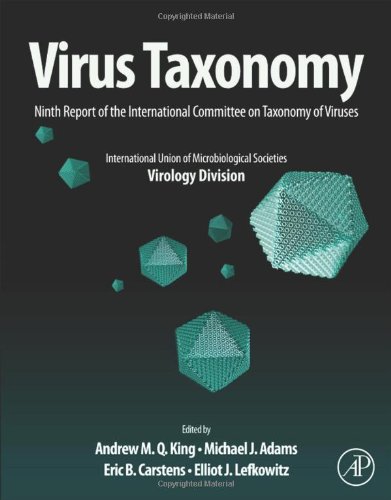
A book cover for Virus Taxonomy: Ninth Report of the International Committee on Taxonomy of Viruses; Science & Math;